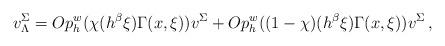
LaTeX: \begin{align*} v^{\Sigma}_{\Lambda}= Op_h^w(\chi(h^{\beta}\xi)\Gamma(x,\xi))v^{\Sigma} + Op_h^w((1-\chi)(h^{\beta}\xi)\Gamma(x,\xi))v^{\Sigma} \, , \end{align*}